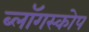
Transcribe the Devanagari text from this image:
ब्लॉगस्कोप